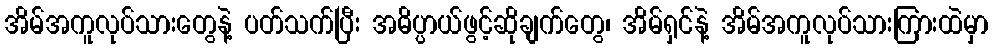
အိမ်အကူလုပ်သားတွေနဲ့ ပတ်သက်ပြီး အဓိပ္ပာယ်ဖွင့်ဆိုချက်တွေ၊ အိမ်ရှင်နဲ့ အိမ်အကူလုပ်သားကြားထဲမှာ